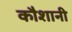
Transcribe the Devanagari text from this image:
कौशानी